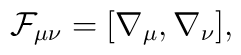
{\cal F}_{\mu\nu} = [\nabla_\mu, \nabla_\nu],